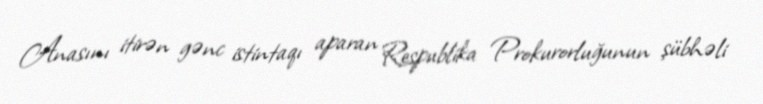
Anasını itirən gənc istintaqı aparan Respublika Prokurorluğunun şübhəli